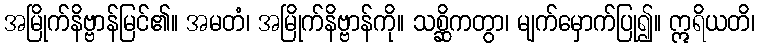
အမြိုက်နိဗ္ဗာန်မြင်၏။ အမတံ၊ အမြိုက်နိဗ္ဗာန်ကို။ သစ္ဆိကတွာ၊ မျက်မှောက်ပြု၍။ ဣရိယတိ၊